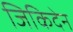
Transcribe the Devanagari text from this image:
जिकिदेन